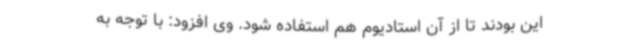
این بودند تا از آن استادیوم هم استفاده شود. وی افزود: با توجه به